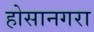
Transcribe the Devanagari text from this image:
होसानगरा